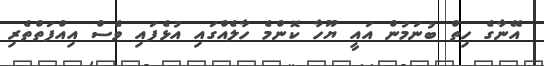
އޭނާގެ ހިތް ބުނަމުން އައީ ޔޫހާ ކޮންމެ ހާލެއްގައި އުޅެފައި ވެސް އިއްފަތްތެރި